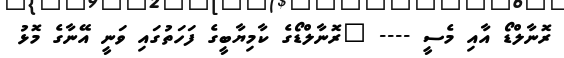
ރޮނާލްޑޯ އާއި މެސީ ---- "ރޮނާލްޑޯގެ ކާމިޔާބީގެ ފަހަތުގައި ވަނީ އޭނާގެ މޮޅު